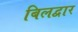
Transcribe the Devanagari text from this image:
बिलद्वार